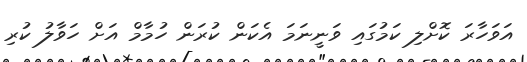
އަވަހާރަ ކޮށްލި ކަމުގައި ވަނީނަމަ އެކަން ކުރަން ހުމާމް އަށް ހަވާލު ކުރި